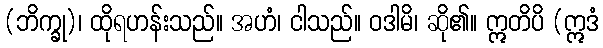
(ဘိက္ခု)၊ ထိုရဟန်းသည်။ အဟံ၊ ငါသည်။ ဝဒါမိ၊ ဆို၏။ ဣတိပိ (ဣဒံ